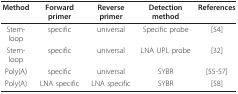
| Method | Forward primer | Reverse primer | Detection method | References |
 | --- | --- | --- | --- | --- |
 | Stem-loop | specific | universal | Specific probe | [54] |
 | Stem-loop | specific | universal | LNA UPL probe | [32] |
 | Poly(A) | specific | universal | SYBR | [55-57] |
 | Poly(A) | LNA specific | LNA specific | SYBR | [58] |